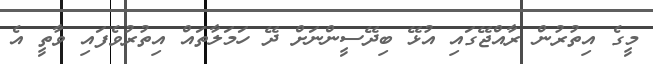
މީގެ އިތުރުން ރާއްޖޭގައި އުޅޭ ބިދޭސީންނަށް ދޭ ހަމަލާތައް އިތުރުވެފައި ވާތީ އެ